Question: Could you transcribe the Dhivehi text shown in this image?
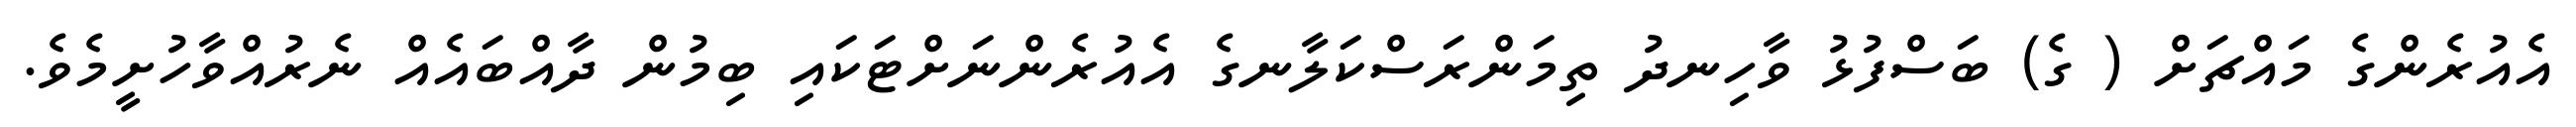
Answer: އެއުރެންގެ މައްޗަށް ( ގެ) ބަސްފުޅު ވާހިނދު ތިމަންރަސްކަލާނގެ އެއުރެންނަށްޓަކައި ބިމުން ދާއްބައެއް ނެރުއްވާހުށީމެވެ.